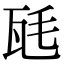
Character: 瓱